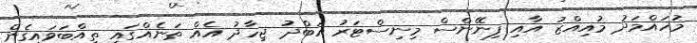
މުހައްމަދު މުއިއްޒު އާއި ފިނޭންސް މިނިސްޓަރު އަބްދު ޖިހާދު އެއް ތަނެއްގައި ތިއްބަވައިގެން